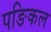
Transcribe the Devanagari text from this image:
पङिकल